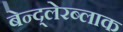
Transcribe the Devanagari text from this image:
बेन्द्लेरब्लाक